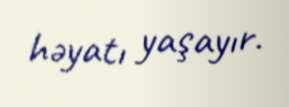
həyatı yaşayır.